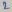
Text: 2